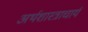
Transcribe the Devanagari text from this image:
अर्थशास्त्राचार्य